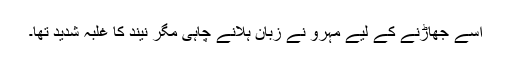
اسے جھاڑنے کے لیے مہرو نے زبان ہلانے چاہی مگر نیند کا غلبہ شدید تھا۔